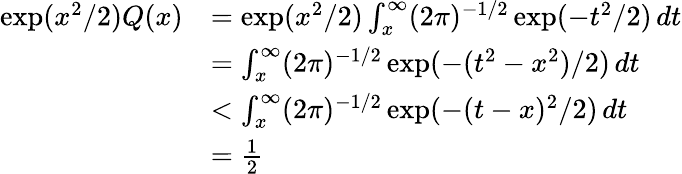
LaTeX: \begin{array}{rl}{\exp(x^{2}/2)Q(x)}&{=\exp(x^{2}/2)\int_{x}^{\infty}(2\pi)^{-1/2}\exp(-t^{2}/2)\, dt}\\ &{=\int_{x}^{\infty}(2\pi)^{-1/2}\exp(-(t^{2}-x^{2})/2)\, dt}\\ &{<\int_{x}^{\infty}(2\pi)^{-1/2}\exp(-(t-x)^{2}/2)\, dt}\\ &{=\frac{1}{2}}\end{array}